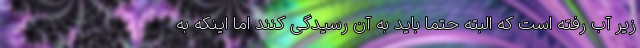
زیر آب رفته است که البته حتماً باید به آن رسیدگی کنند اما اینکه به